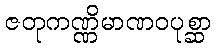
ဇတုကဏ္ဏိမာဏဝပုစ္ဆာ